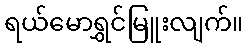
ရယ်မောရွှင်မြူးလျက်။